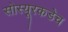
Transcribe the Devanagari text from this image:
सोस्यूरकडेच